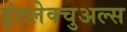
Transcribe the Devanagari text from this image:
इंटलेक्चुअल्स